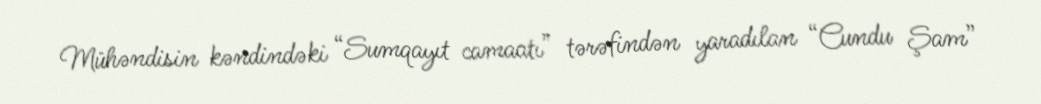
Mühəndisin kəndindəki “Sumqayıt camaatı” tərəfindən yaradılan “Cundu Şam”